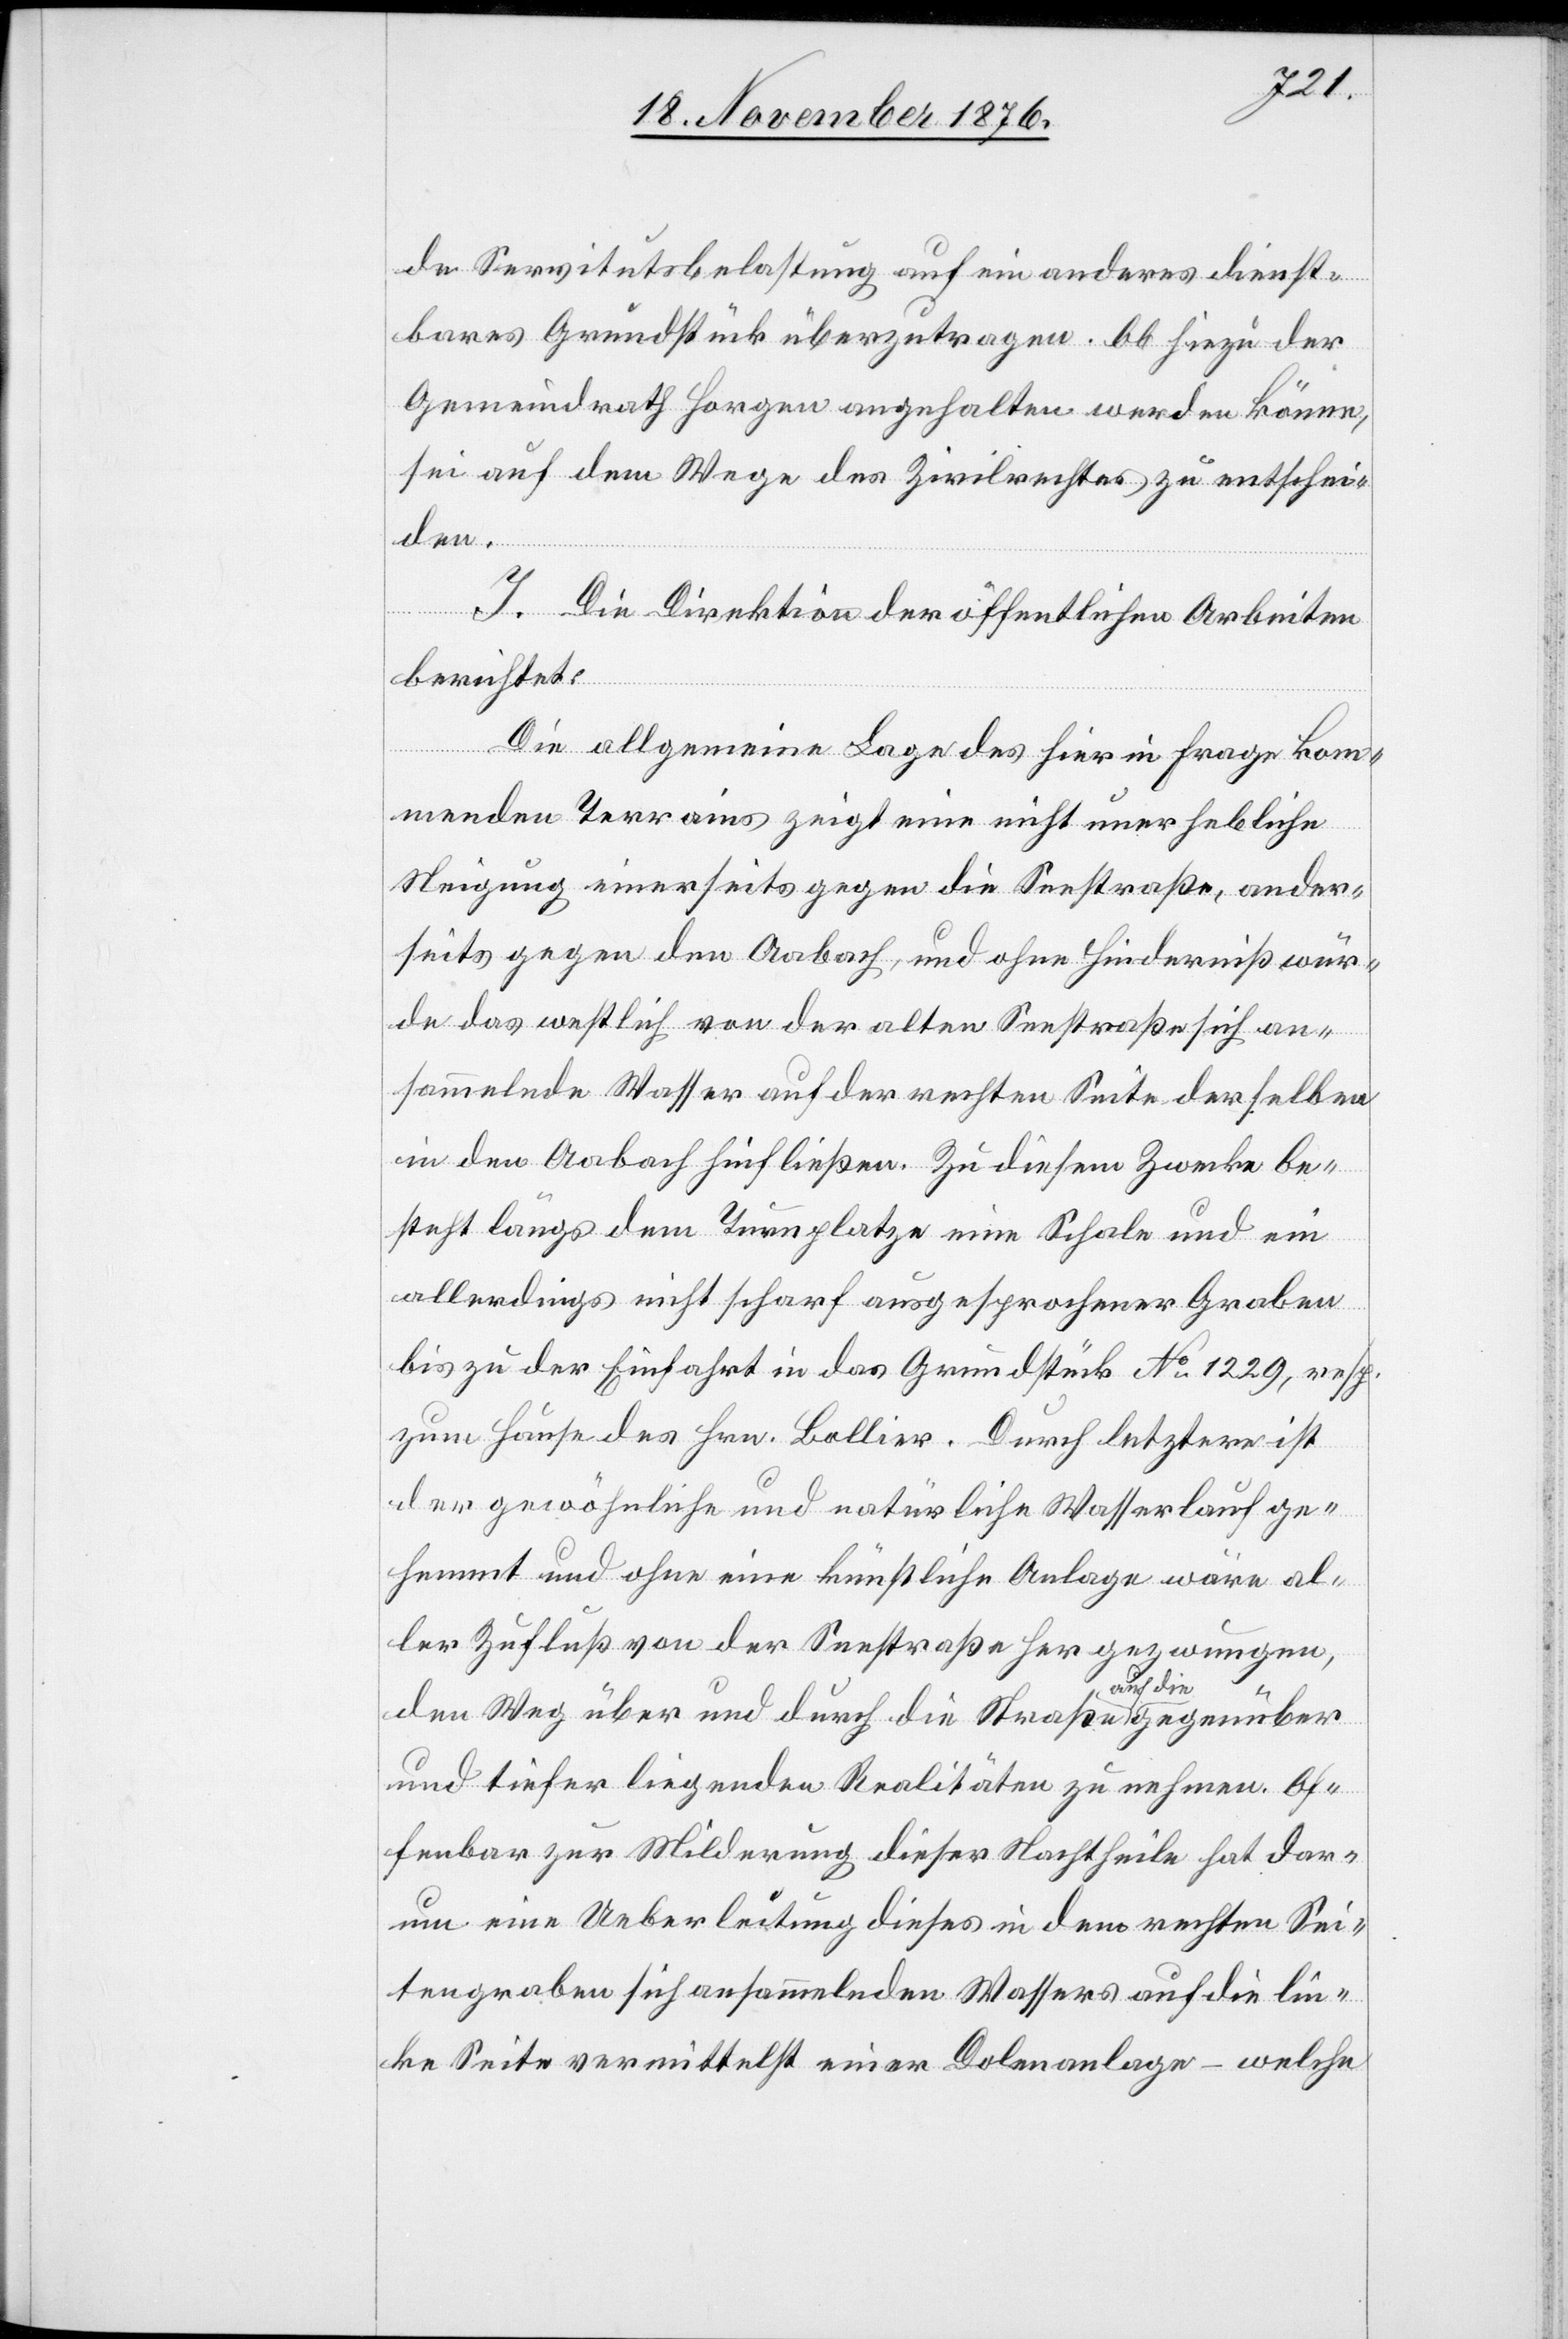
de Servitutsbelastung auf ein anderes dienst¬
bares Grundstück überzutragen. Ob hiezu der
Gemeindrath Horgen angehalten werden könne,
sei auf dem Wege des Zivilrechtes zu entschei¬
den.
I. Die Direktion der öffentlichen Arbeiten
berichtet:
Die allgemeine Lage des hier in Frage kom¬
menden Terrains zeigt eine nicht unerhebliche
Neigung einerseits gegen die Seestraße, ander¬
seits gegen den Aabach, und ohne Hinderniß wür¬
de das westlich von der alten Seestraße sich an¬
sammelnde Wasser auf der rechten Seite derselben
in den Aabach hinfließen. Zu diesem Zwecke be¬
steht längs dem Turnplatze eine Schale und ein
allerdings nicht scharf ausgesprochener Graben
bis zu der Einfahrt in das Grundstück No 1229, resp.
zum Hause des Hrn. Bollier. Durch letztere ist
der gewöhnliche und natürliche Wasserlauf ge¬
hemmt und ohne eine künstliche Anlage wäre al¬
ler Zufluß von der Seestraße her gezwungen,
den Weg über und durch die Straße auf die gegenüber
und tiefer liegenden Realitäten zu nehmen. Of¬
fenbar zur Milderung dieser Nachtheile hat dar¬
um eine Ueberleitung dieses in dem rechten Sei¬
tengraben sich ansammelnden Wassers auf die lin¬
ke Seite vermittelst einer Dolenanlage – welche